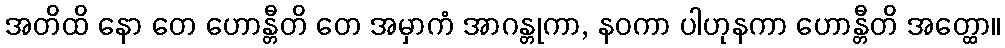
အတိထိ နော တေ ဟောန္တီတိ တေ အမှာကံ အာဂန္တုကာ, နဝကာ ပါဟုနကာ ဟောန္တီတိ အတ္ထော။